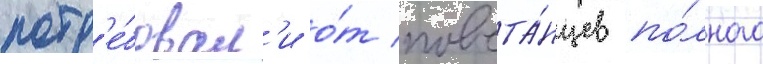
потр'е́бовал'и о́т повста́нцев по́лного